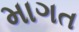
માગત